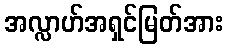
အလ္လာဟ်အရှင်မြတ်အား